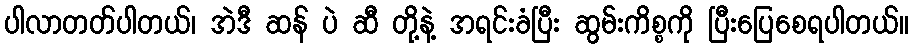
ပါလာတတ်ပါတယ်၊ အဲဒီ ဆန် ပဲ ဆီ တို့နဲ့ အရင်းခံပြီး ဆွမ်းကိစ္စကို ပြီးပြေစေရပါတယ်။